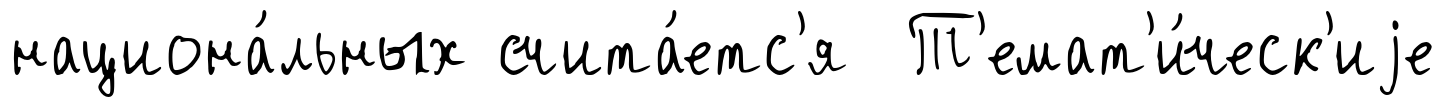
национа́льных счита́етс'я Т'емат'и́ческ'иjе